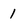
Character: 1